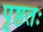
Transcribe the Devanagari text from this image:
पृष्ठतः